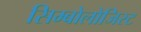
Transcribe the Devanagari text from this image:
सिम्बोलोजिस्ट